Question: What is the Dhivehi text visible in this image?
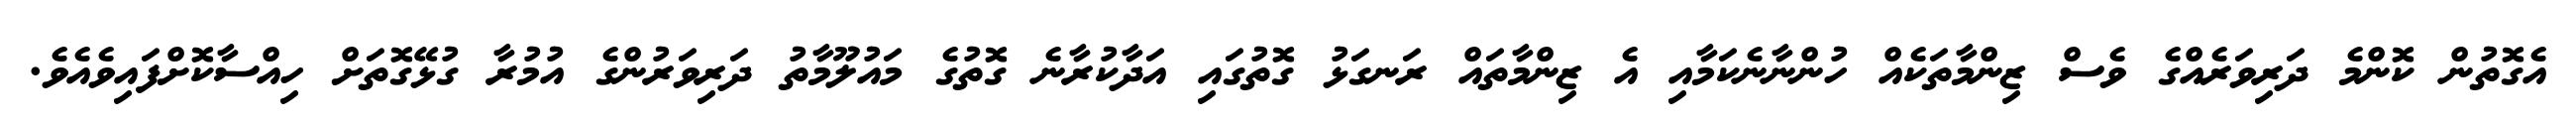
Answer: އެގޮތުން ކޮންމެ ދަރިވަރެއްގެ ވެސް ޒިންމާތަކެއް ހުންނާނެކަމާއި އެ ޒިންމާތައް ރަނގަޅު ގޮތުގައި އަދާކުރާނެ ގޮތުގެ މައުލޫމާތު ދަރިވަރުންގެ އުމުރާ ގުޅޭގޮތަށް ހިއްސާކޮށްފައިވެއެވެ.